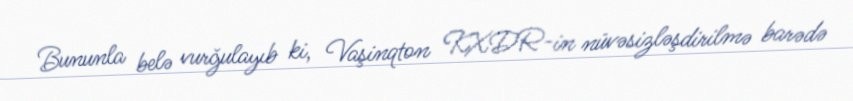
Bununla belə vurğulayıb ki, Vaşinqton KXDR-in nüvəsizləşdirilmə barədə